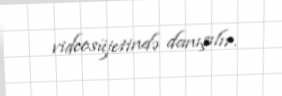
videosüjetində danışılır.